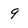
Character: 9